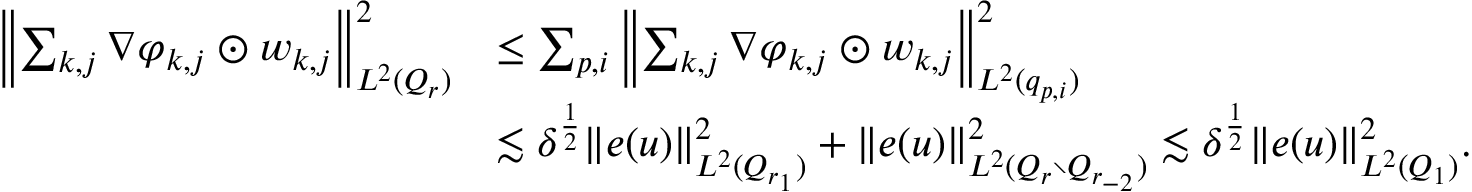
\begin{array} { r l } { \left\| \sum _ { k , j } \nabla \varphi _ { k , j } \odot w _ { k , j } \right\| _ { L ^ { 2 } ( Q _ { r } ) } ^ { 2 } } & { \le \sum _ { p , i } \left\| \sum _ { k , j } \nabla \varphi _ { k , j } \odot w _ { k , j } \right\| _ { L ^ { 2 } ( q _ { p , i } ) } ^ { 2 } } \\ & { \lesssim \delta ^ { \frac { 1 } { 2 } } \| e ( u ) \| _ { L ^ { 2 } ( Q _ { r _ { 1 } } ) } ^ { 2 } + \| e ( u ) \| _ { L ^ { 2 } ( Q _ { r } \setminus Q _ { r _ { - 2 } } ) } ^ { 2 } \lesssim \delta ^ { \frac { 1 } { 2 } } \| e ( u ) \| _ { L ^ { 2 } ( Q _ { 1 } ) } ^ { 2 } . } \end{array}